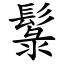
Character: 䰁